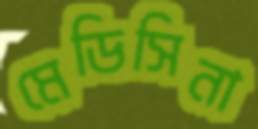
মেডিসিনা